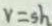
v = s h